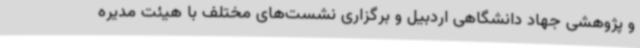
و پژوهشی جهاد دانشگاهی اردبیل و برگزاری نشست‌های مختلف با هیئت مدیره